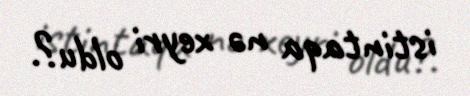
istintaqa nə xeyri oldu?.